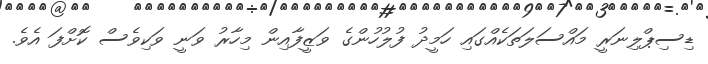
ޑިސިޕްލިނަރީ މައްސަލަތަކެއްގައި ހަމީދު ފުލުހުންގެ ވަޒީފާއިން މިހާރު ވަނީ ވަކިވެސް ކޮށްފަ އެވެ.